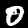
Digit: 0